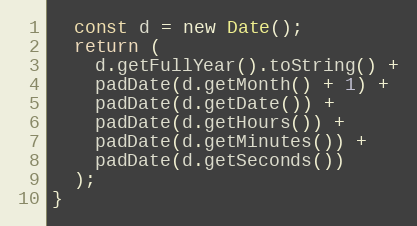
Language: JavaScript
  const d = new Date();
  return (
    d.getFullYear().toString() +
    padDate(d.getMonth() + 1) +
    padDate(d.getDate()) +
    padDate(d.getHours()) +
    padDate(d.getMinutes()) +
    padDate(d.getSeconds())
  );
}